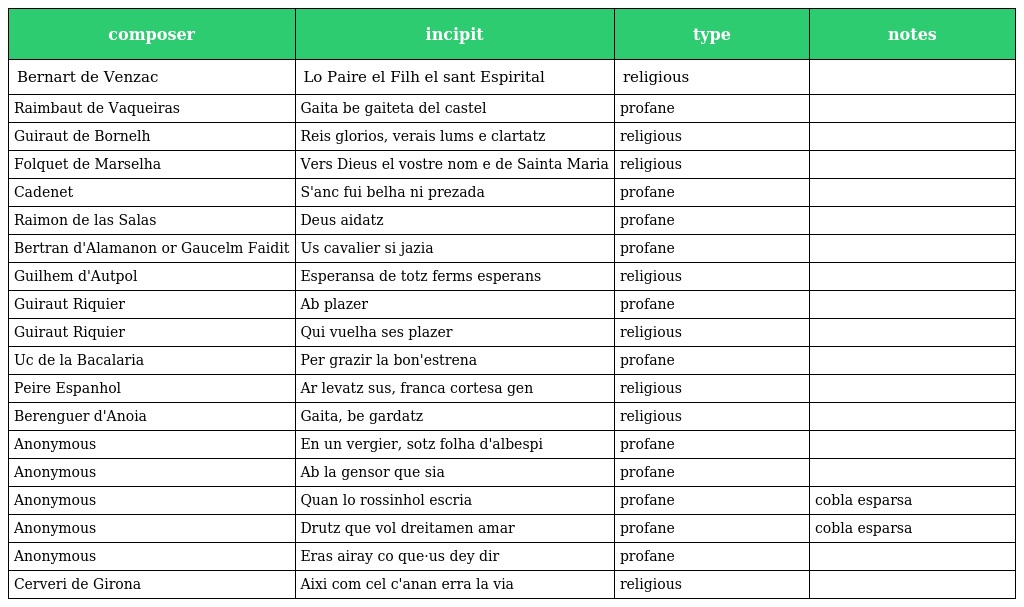
| composer | incipit | type | notes |
 | --- | --- | --- | --- |
 | Bernart de Venzac | Lo Paire el Filh el sant Espirital | religious |  |
 | Raimbaut de Vaqueiras | Gaita be gaiteta del castel | profane |  |
 | Guiraut de Bornelh | Reis glorios, verais lums e clartatz | religious |  |
 | Folquet de Marselha | Vers Dieus el vostre nom e de Sainta Maria | religious |  |
 | Cadenet | S'anc fui belha ni prezada | profane |  |
 | Raimon de las Salas | Deus aidatz | profane |  |
 | Bertran d'Alamanon or Gaucelm Faidit | Us cavalier si jazia | profane |  |
 | Guilhem d'Autpol | Esperansa de totz ferms esperans | religious |  |
 | Guiraut Riquier | Ab plazer | profane |  |
 | Guiraut Riquier | Qui vuelha ses plazer | religious |  |
 | Uc de la Bacalaria | Per grazir la bon'estrena | profane |  |
 | Peire Espanhol | Ar levatz sus, franca cortesa gen | religious |  |
 | Berenguer d'Anoia | Gaita, be gardatz | religious |  |
 | Anonymous | En un vergier, sotz folha d'albespi | profane |  |
 | Anonymous | Ab la gensor que sia | profane |  |
 | Anonymous | Quan lo rossinhol escria | profane | cobla esparsa |
 | Anonymous | Drutz que vol dreitamen amar | profane | cobla esparsa |
 | Anonymous | Eras airay co que·us dey dir | profane |  |
 | Cerveri de Girona | Aixi com cel c'anan erra la via | religious |  |